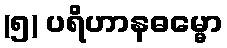
(၅) ပရိဟာနဓမ္မော